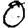
Digit: 0